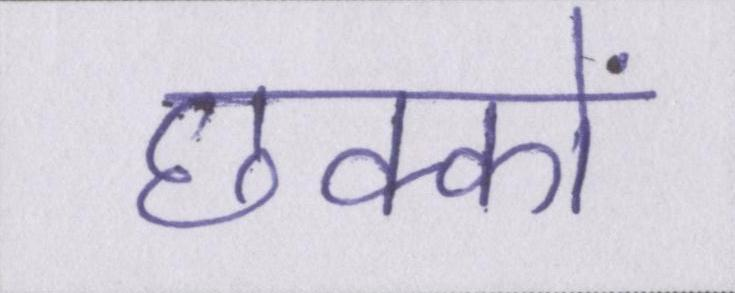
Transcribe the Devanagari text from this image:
छक्कों